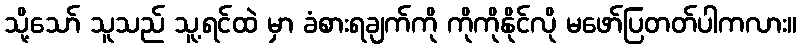
သို့သော် သူသည် သူ့ရင်ထဲ မှာ ခံစားရချက်ကို ကိုကိုနိုင်လို မဖော်ပြတတ်ပါကလား။